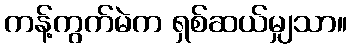
ကန့်ကွက်မဲက ရှစ်ဆယ်မျှသာ။